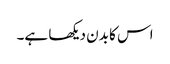
اس کا بدن دیکھا ہے۔